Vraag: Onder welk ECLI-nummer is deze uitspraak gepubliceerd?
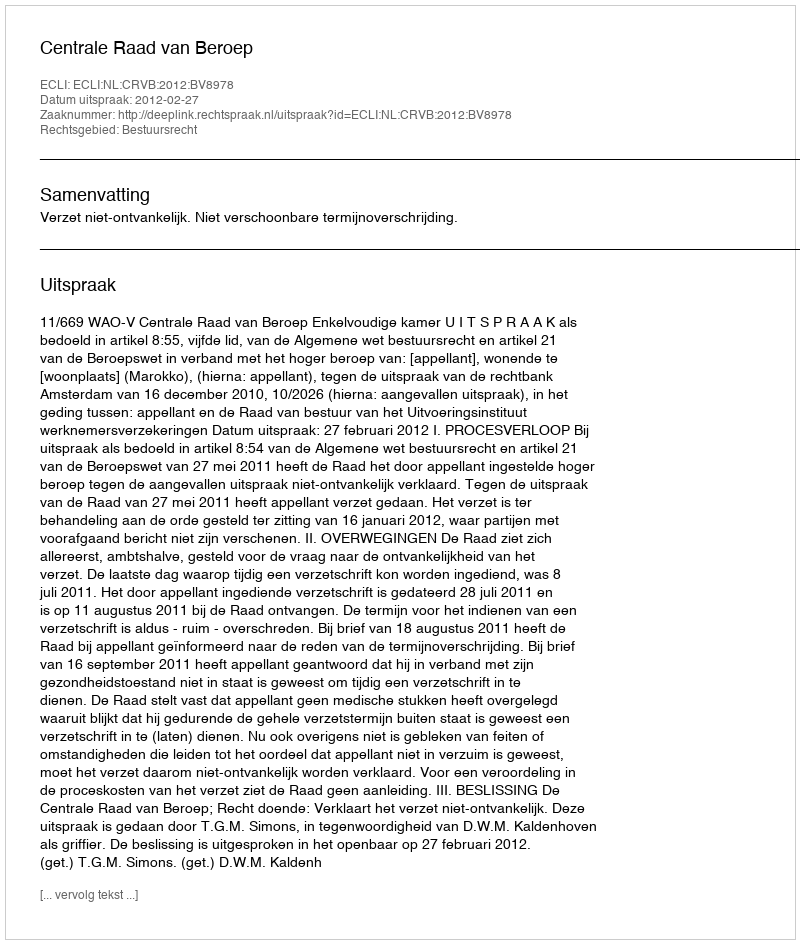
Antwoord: ECLI:NL:CRVB:2012:BV8978